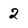
Character: 2